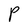
Character: P